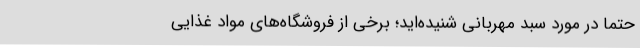
حتماً در مورد سبد مهربانی شنیده‌اید؛ برخی از فروشگاه‌های مواد غذایی